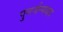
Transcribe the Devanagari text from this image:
पुनर्जन्मवाद